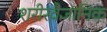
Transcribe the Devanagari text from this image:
शरीरवैज्ञानिक